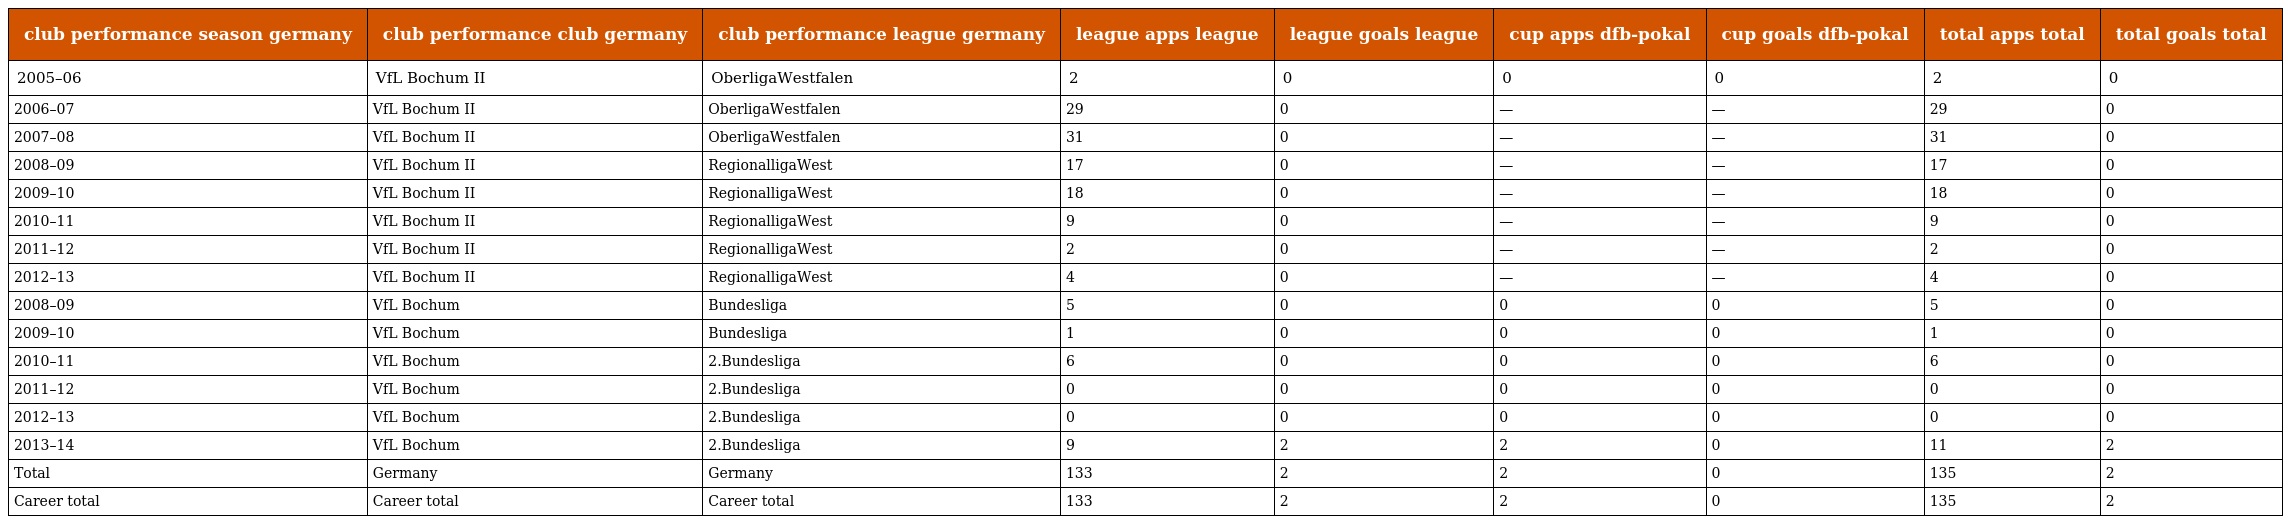
| club performance season germany | club performance club germany | club performance league germany | league apps league | league goals league | cup apps dfb-pokal | cup goals dfb-pokal | total apps total | total goals total |
 | --- | --- | --- | --- | --- | --- | --- | --- | --- |
 | 2005–06 | VfL Bochum II | OberligaWestfalen | 2 | 0 | 0 | 0 | 2 | 0 |
 | 2006–07 | VfL Bochum II | OberligaWestfalen | 29 | 0 | — | — | 29 | 0 |
 | 2007–08 | VfL Bochum II | OberligaWestfalen | 31 | 0 | — | — | 31 | 0 |
 | 2008–09 | VfL Bochum II | RegionalligaWest | 17 | 0 | — | — | 17 | 0 |
 | 2009–10 | VfL Bochum II | RegionalligaWest | 18 | 0 | — | — | 18 | 0 |
 | 2010–11 | VfL Bochum II | RegionalligaWest | 9 | 0 | — | — | 9 | 0 |
 | 2011–12 | VfL Bochum II | RegionalligaWest | 2 | 0 | — | — | 2 | 0 |
 | 2012–13 | VfL Bochum II | RegionalligaWest | 4 | 0 | — | — | 4 | 0 |
 | 2008–09 | VfL Bochum | Bundesliga | 5 | 0 | 0 | 0 | 5 | 0 |
 | 2009–10 | VfL Bochum | Bundesliga | 1 | 0 | 0 | 0 | 1 | 0 |
 | 2010–11 | VfL Bochum | 2.Bundesliga | 6 | 0 | 0 | 0 | 6 | 0 |
 | 2011–12 | VfL Bochum | 2.Bundesliga | 0 | 0 | 0 | 0 | 0 | 0 |
 | 2012–13 | VfL Bochum | 2.Bundesliga | 0 | 0 | 0 | 0 | 0 | 0 |
 | 2013–14 | VfL Bochum | 2.Bundesliga | 9 | 2 | 2 | 0 | 11 | 2 |
 | Total | Germany | Germany | 133 | 2 | 2 | 0 | 135 | 2 |
 | Career total | Career total | Career total | 133 | 2 | 2 | 0 | 135 | 2 |